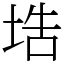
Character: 𡌃